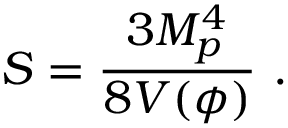
S = { \frac { 3 M _ { p } ^ { 4 } } { 8 V ( \phi ) } } \ .